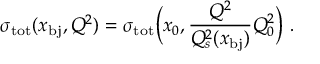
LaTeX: \sigma _ { \mathrm { t o t } } ( x _ { \mathrm { b j } } , Q ^ { 2 } ) = \sigma _ { \mathrm { t o t } } \Big ( x _ { 0 } , \frac { Q ^ { 2 } } { Q _ { s } ^ { 2 } ( x _ { \mathrm { b j } } ) } Q _ { 0 } ^ { 2 } \Big ) \ .